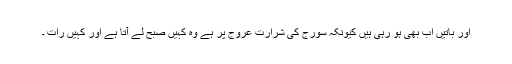
اور باتیں اب بھی ہو رہی ہیں کیونکہ سورج کی شرارت عروج پر ہے وہ کہیں صبح لے آتا ہے اور کہیں رات ۔